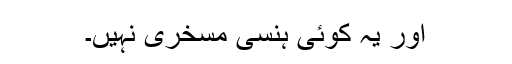
اور یہ کوئی ہنسی مسخری نہیں۔